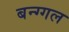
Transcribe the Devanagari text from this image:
बन्ग्गल